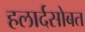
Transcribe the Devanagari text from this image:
हलार्दसोबत